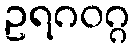
ဥရဂဝဂ္ဂ